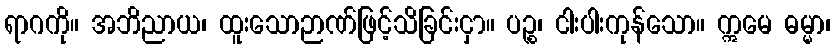
ရာဂကို။ အဘိညာယ၊ ထူးသောဉာဏ်ဖြင့်သိခြင်းငှာ။ ပဉ္စ၊ ငါးပါးကုန်သော။ ဣမေ ဓမ္မာ၊